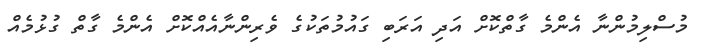
މުސްލިމުންނާ އެންމެ ގާތްކޮށް އަދި އަރަބި ގައުމުތަކުގެ ވެރިންނާއެއްކޮށް އެންމެ ގާތް ގުޅުމެއް